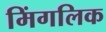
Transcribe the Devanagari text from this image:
मिंगलिक